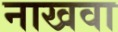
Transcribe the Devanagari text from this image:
नाखवा